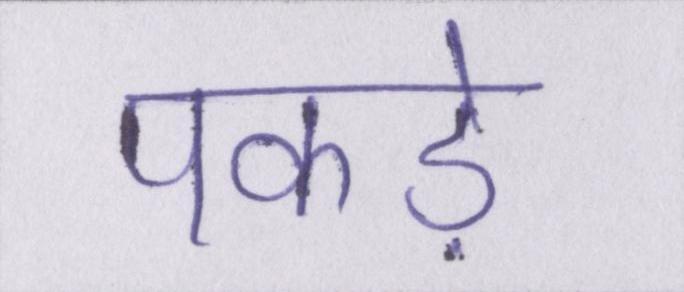
पकड़े